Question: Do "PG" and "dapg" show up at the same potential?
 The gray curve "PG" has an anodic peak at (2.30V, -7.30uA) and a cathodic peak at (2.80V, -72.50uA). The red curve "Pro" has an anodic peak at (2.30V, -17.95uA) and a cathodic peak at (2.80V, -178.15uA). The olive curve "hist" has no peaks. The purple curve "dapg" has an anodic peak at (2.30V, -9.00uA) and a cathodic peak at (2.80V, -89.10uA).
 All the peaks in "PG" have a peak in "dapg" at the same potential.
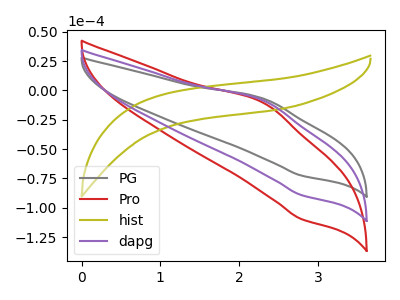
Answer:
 <answer>"PG" and "dapg" are similar in shape.</answer>
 <eval>same_shape</eval>